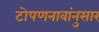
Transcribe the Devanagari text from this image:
टोपणनावांनुसार